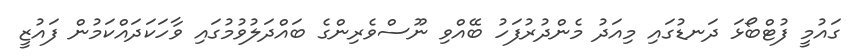
ގައުމީ ފުޓްބޯޅަ ދަނޑުގައި މިއަދު މެންދުރުފަހު ބޭއްވި ނޫސްވެރިންގެ ބައްދަލުވުމުގައި ވާހަކަދައްކަމުން ފައުޒީ